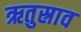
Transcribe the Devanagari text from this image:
ऋतुस्राव